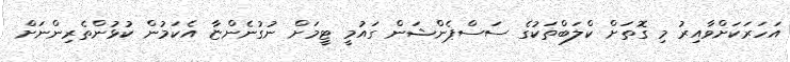
އަހަރަކަށްވާއިރު މި ގޮތަށް ކްލަބްތަކުގެ ސަސްޕެންޝަން ގައުމީ ޓީމަށް ނުގުނެންޏާ އެކަމުން ކުޅުންތެރިންނަށް